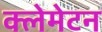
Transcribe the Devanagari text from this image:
क्लेमेटन